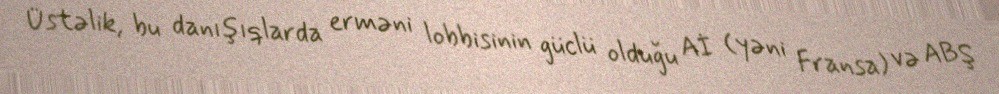
Üstəlik, bu danışıqlarda erməni lobbisinin güclü olduğu Aİ (yəni Fransa) və ABŞ